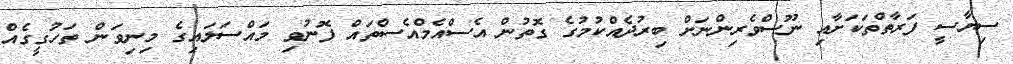
ސިޔާސީ ފަރާތްތަކަށާއި ނޫސްވެރިންނަށް ބިރުދެއްކުމުގެ ގޮތުން އެސްއެމްއެސްތައް ފޮނުވި މައްސަލައިގެ މިނިވަން ތަހުގީގެއް